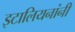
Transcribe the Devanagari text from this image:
इटालियनांनी